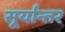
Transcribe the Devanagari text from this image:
सूर्यान्तर